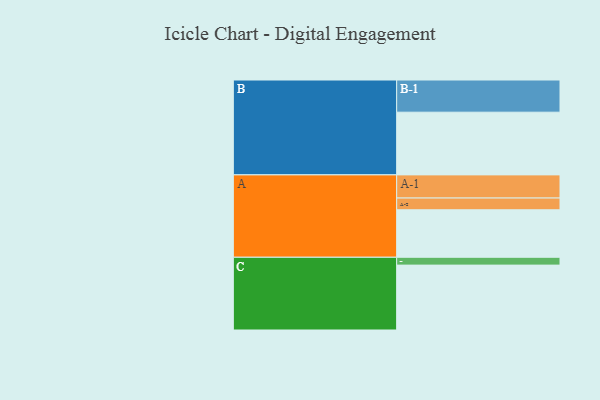
{"axis": {"x": "Segment", "y": "Value"}, "legend": ["", "A", "B", "C"], "data": [{"x": "A", "y": 388, "type": ""}, {"x": "B", "y": 512, "type": ""}, {"x": "C", "y": 530, "type": ""}, {"x": "A-1", "y": 189, "type": "A"}, {"x": "A-2", "y": 96, "type": "A"}, {"x": "B-1", "y": 263, "type": "B"}, {"x": "C-1", "y": 64, "type": "C"}]}